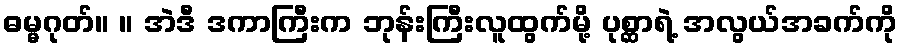
ဓမ္မဂုတ်။ ။ အဲဒီ ဒကာကြီးက ဘုန်းကြီးလူထွက်မို့ ပုစ္ဆာရဲ့ အလွယ်အခက်ကို